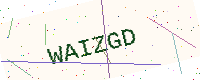
Text: WAIZGD